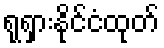
ရုရှားနိုင်ငံထုတ်